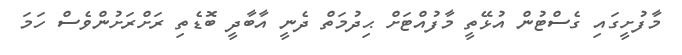
މާފުށީގައި ގެސްޓުން އުޅޭތީ މާފުއްޓަށް ޙިދުމަތް ދެނީ އާބާދީ ބޮޑެތި ރަށްރަށުންވެސް ހަމަ